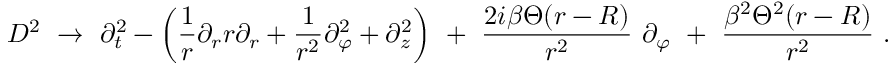
D ^ { 2 } \ \rightarrow \ \partial _ { t } ^ { 2 } - \left( \frac 1 r \partial _ { r } r \partial _ { r } + \frac { 1 } { r ^ { 2 } } \partial _ { \varphi } ^ { 2 } + \partial _ { z } ^ { 2 } \right) \ + \ \frac { 2 i \beta \Theta ( r - R ) } { r ^ { 2 } } \ \partial _ { \varphi } \ + \ \frac { \beta ^ { 2 } \Theta ^ { 2 } ( r - R ) } { r ^ { 2 } } \ .